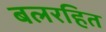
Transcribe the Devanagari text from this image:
बलरहित